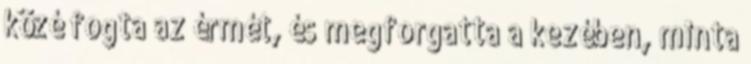
közé fogta az érmét, és megforgatta a kezében, minta